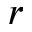
r